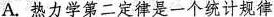
A. 热力学第二定律是一个统计规律